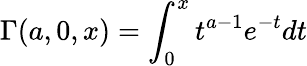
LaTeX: \Gamma(a,0,x)=\int_{0}^{x}t^{a-1}e^{-t}dt